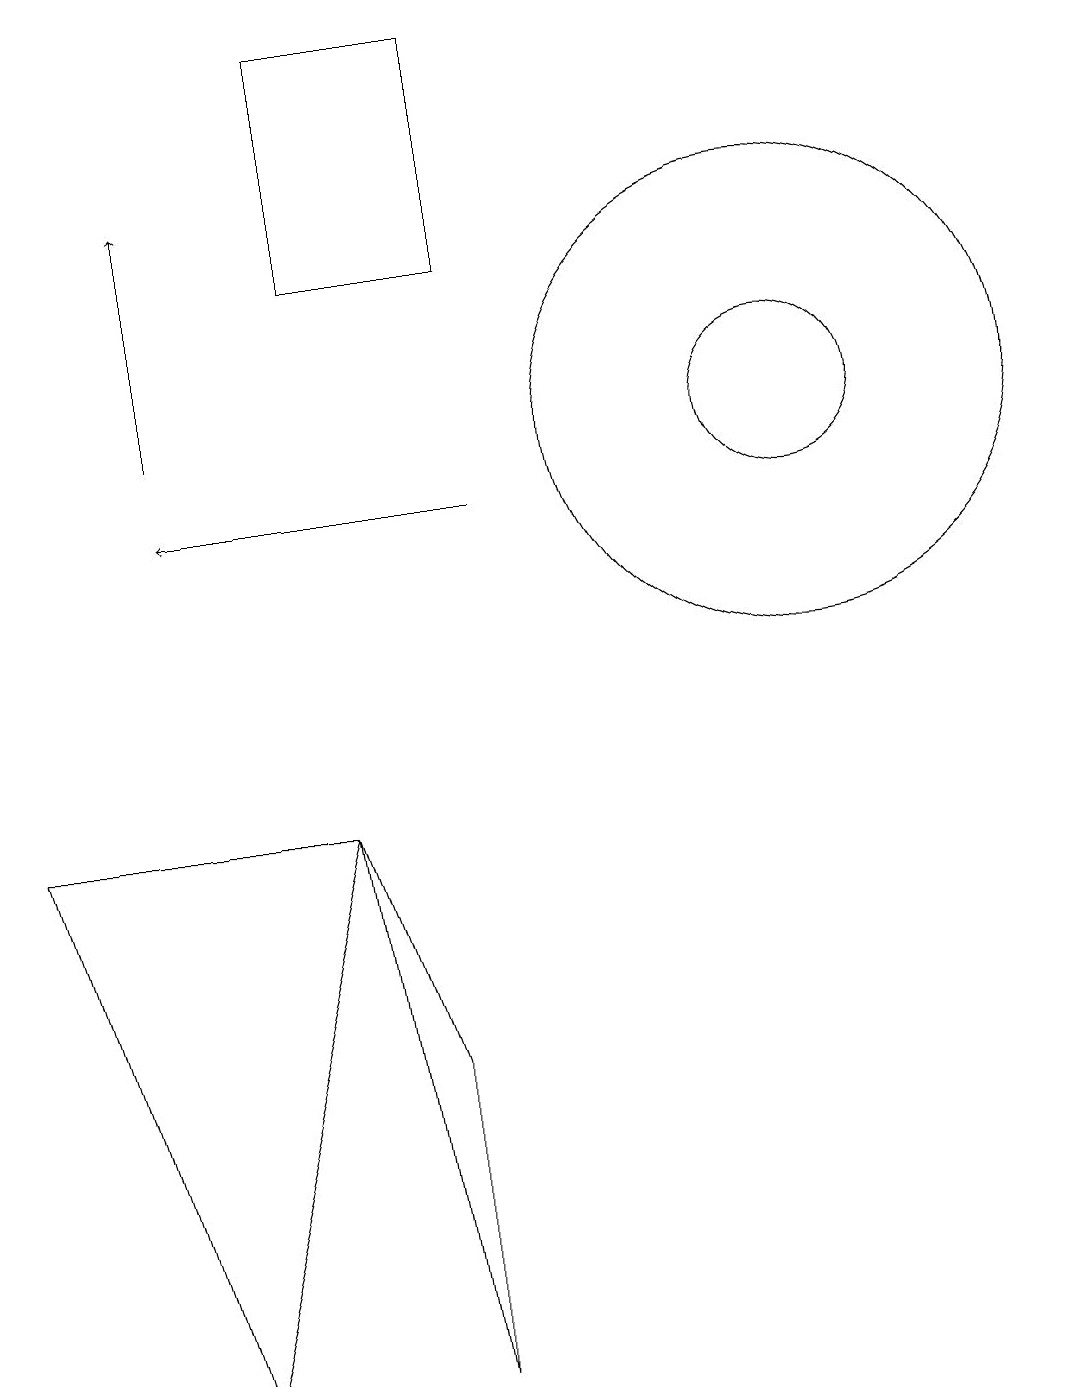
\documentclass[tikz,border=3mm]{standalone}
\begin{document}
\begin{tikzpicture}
\draw (2,0) -- (0,7) -- (4,7) -- cycle;
\draw (10,12) circle (3);
\draw (10,12) circle (1);
\draw[->] (6,11) -- (2,11);
\draw[->] (2,12) -- (2,15);
\draw (4,17) rectangle (6,14);
\draw (4,7) -- (5,0) -- (5,4) -- cycle;
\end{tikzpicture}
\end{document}